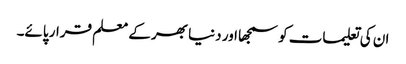
ان کی تعلیمات کو سمجھا اور دنیا بھر کے معلم قرار پائے۔